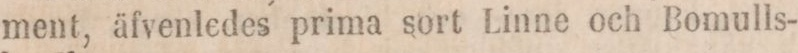
ment, äfvenledes prima sort Linne och Bomulls-